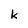
Character: k